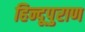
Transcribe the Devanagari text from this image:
हिन्दूपुराण